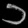
Digit: ၁